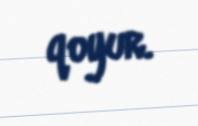
qoyur.